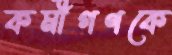
কর্মীগণকে